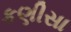
કણીસા